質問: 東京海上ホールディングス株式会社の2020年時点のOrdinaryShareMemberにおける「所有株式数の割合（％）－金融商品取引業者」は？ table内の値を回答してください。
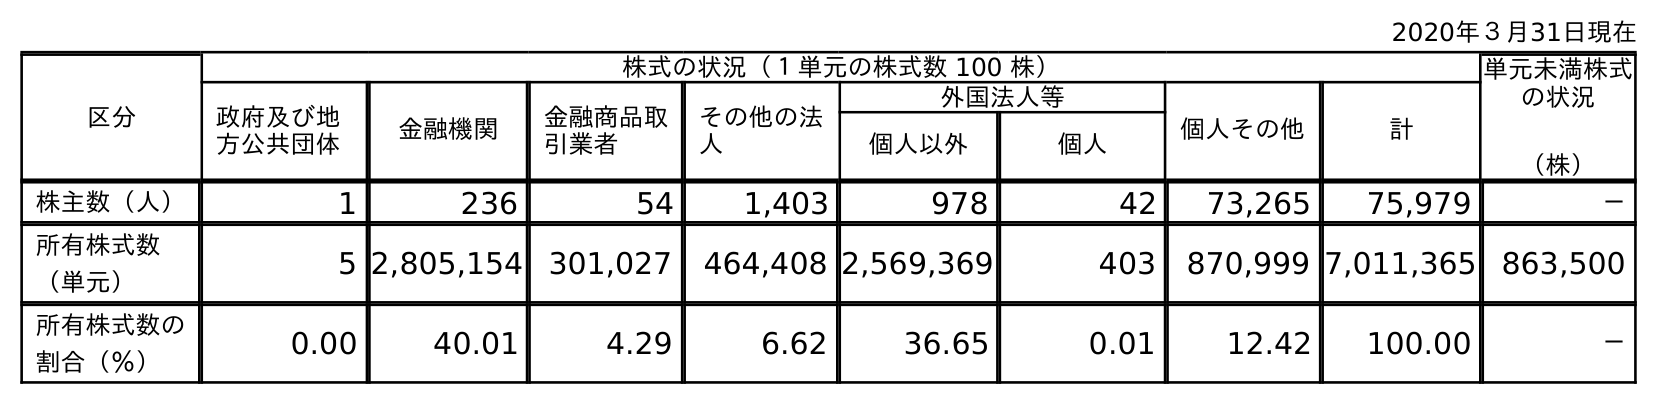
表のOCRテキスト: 2020年３月31日現在 区分 株式の状況（１単元の株式数 100 株） 単元未満株式 の状況 （株） 政府及び地 方公共団体 金融機関 金融商品取 引業者 その他の法 人 外国法人等 個人その他 計 個人以外 個人 株主数（人） 1 236 54 1,403 978 42 73,265 75,979 － 所有株式数 （単元） 5 2,805,154 301,027 464,408 2,569,369 403 870,999 7,011,365 863,500 所有株式数の 割合（％） 0.00 40.01 4.29 6.62 36.65 0.01 12.42 100.00 －
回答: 4.29